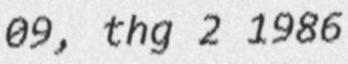
09, thg 2 1986